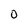
Character: O